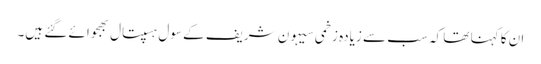
ان کا کہنا تھا کہ سب سے زیادہ زخمی سیہون شریف کے سول ہسپتال بھجوائے گئے ہیں۔